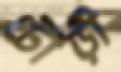
টৌড়ী